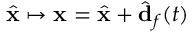
\hat { \mathbf { x } } \mapsto \mathbf { x } = \hat { \mathbf { x } } + \hat { \mathbf { d } } _ { f } ( t )